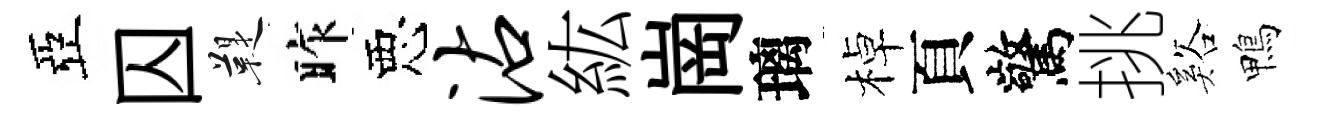
亞囚鞮昨惡沾紘崗璃棹頁驚挑谿鴨